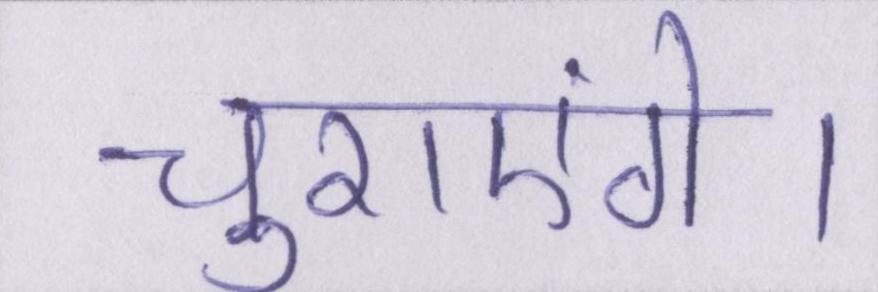
चुराएंगे।